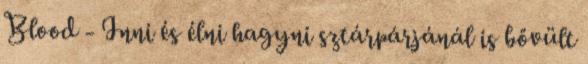
Blood - Inni és élni hagyni sztárpárjánál is bővült